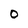
Character: 0